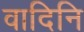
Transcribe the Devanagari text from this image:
वादिनि